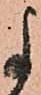
よ